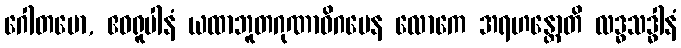
ဂေါတမော, ဧဝရူပါနံ ယထာဘူတဂုဏာဓိဂမေန လောကေ အရဟန္တောတိ လဒ္ဓသဒ္ဓါနံ